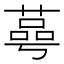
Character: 𦹛